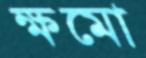
ক্ষমো